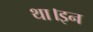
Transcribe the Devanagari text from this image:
था।इन